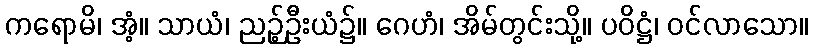
ကရောမိ၊ အံ့။ သာယံ၊ ညဉ့်ဦးယံ၌။ ဂေဟံ၊ အိမ်တွင်းသို့။ ပဝိဋ္ဌံ၊ ဝင်လာသော။